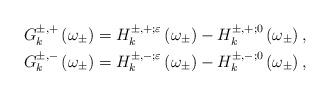
LaTeX: \begin{align*}G_{k}^{\pm,+}\left( \omega_{\pm}\right) & =H_{k}^{\pm,+;\varepsilon}\left( \omega_{\pm}\right) -H_{k}^{\pm,+;0}\left( \omega_{\pm}\right),\\G_{k}^{\pm,-}\left( \omega_{\pm}\right) & =H_{k}^{\pm,-;\varepsilon}\left( \omega_{\pm}\right) -H_{k}^{\pm,-;0}\left( \omega_{\pm}\right),\end{align*}